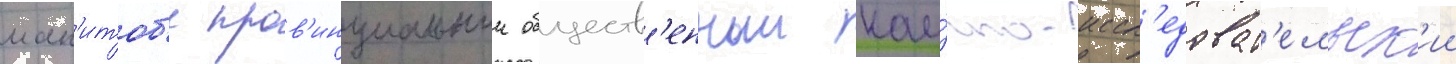
ман'итоб'е пров'инциальныи обществ'енныи нау́чно-иссл'едоват'ельск'ии